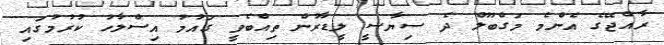
ރާއްޖޭގެ އެންމެ މަގްބޫލް ދެ ސިޔާސީ ލީޑާރުން ތިއްބެވީ ގައުމު އިސްލާހު ކުރުމުގައި